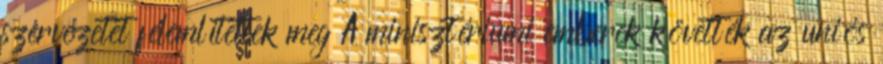
szervezetet félemlítettek meg A minisztériumi emberek követték az uniós